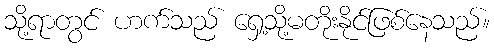
သို့ရာတွင် ဟက်သည် ရှေ့သို့မတိုးနိုင်ဖြစ်နေသည်။